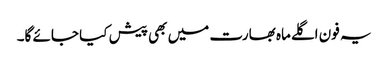
یہ فون اگلےماہ بھارت میں بھی پیش کیا جائے گا۔